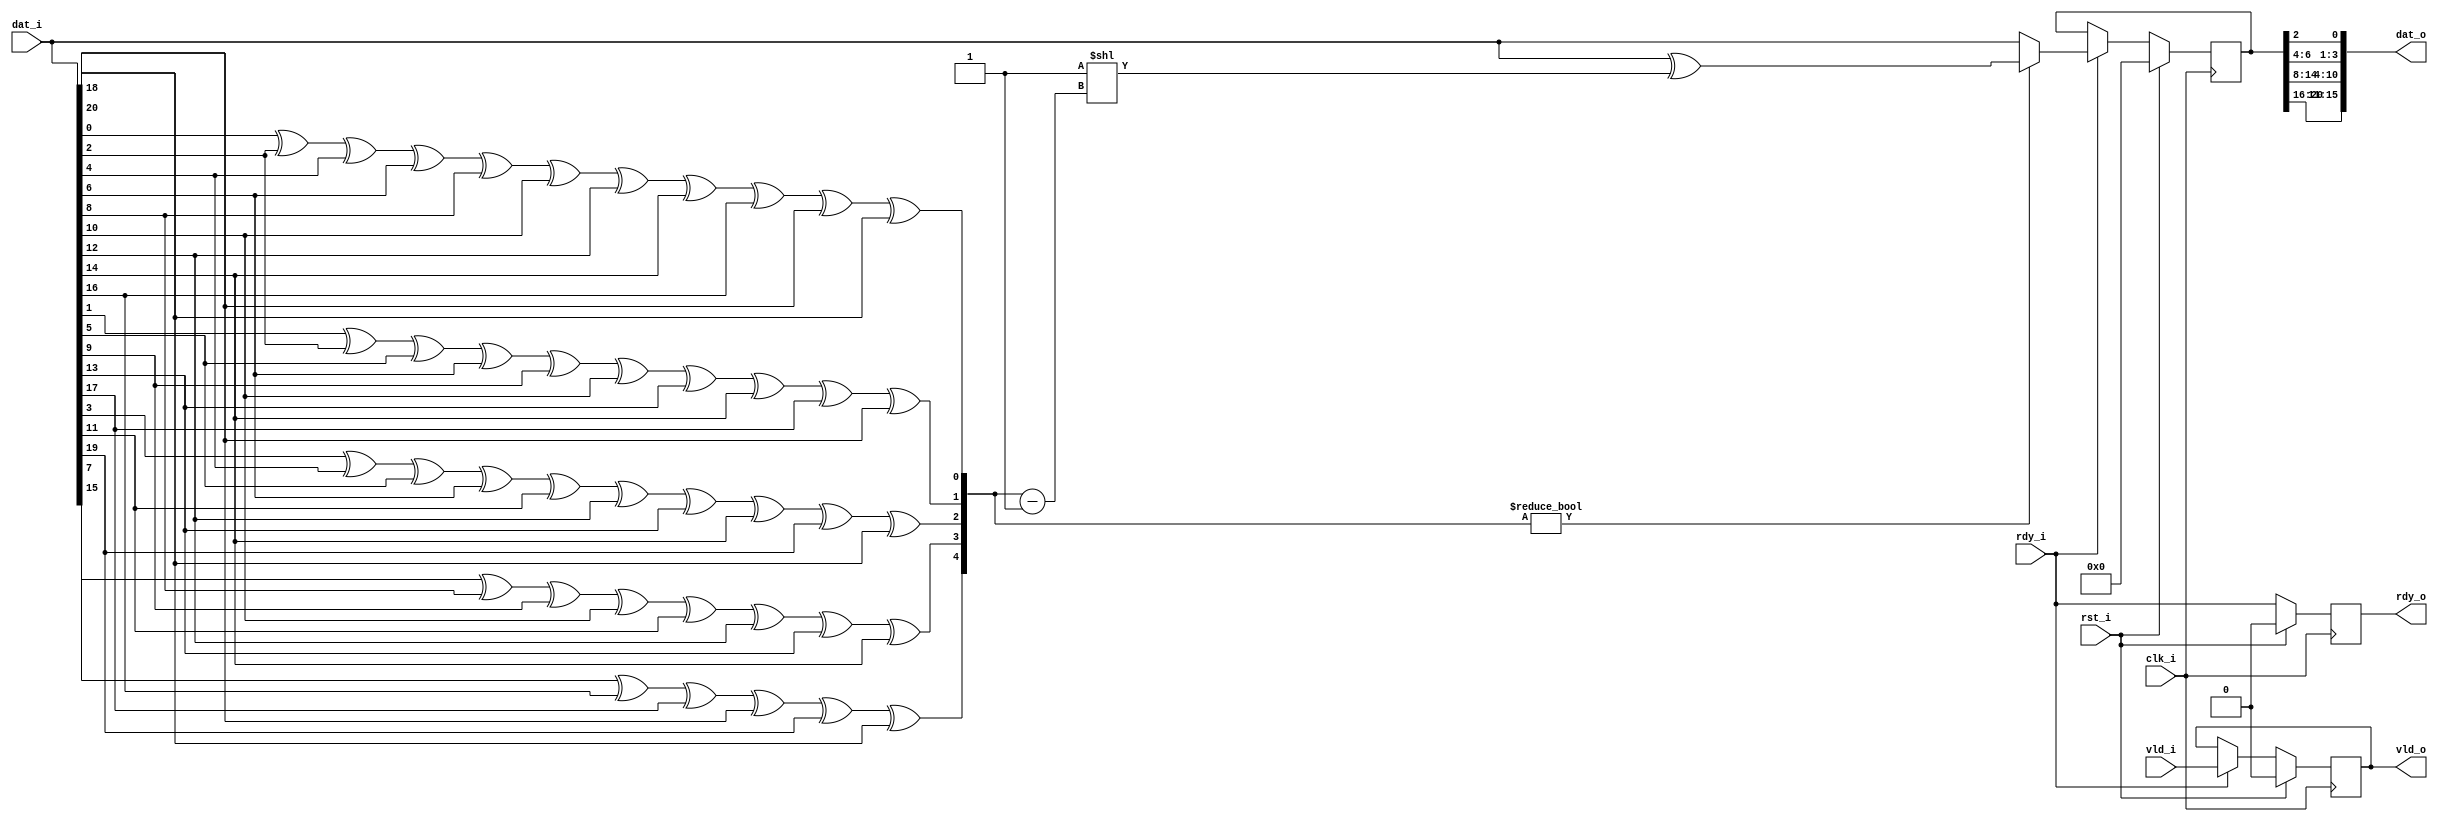
`timescale 1ns / 1ns
//////////////////////////////////////////////////////////////////////////////////
// Company: 
// Engineer: 
// 
// Design Name: 
// Module Name:    decoder_ham 
// Project Name: 
// Target Devices: 
// Tool versions: 
// Description: 
//
// Dependencies: 
//
// Revision: 
// Revision 0.01 - File Created
// Additional Comments: 
//
//////////////////////////////////////////////////////////////////////////////////
module decoder_ham
(
    input   wire  clk_i,
    input   wire  rst_i,
    
    input   wire [20:0] dat_i,
    input   wire        vld_i,
    output  reg         rdy_o,
    
    output  wire [15:0] dat_o,
    output  reg         vld_o,
    input   wire        rdy_i
);

   reg [4:0] syndrome;
   reg [20:0] dat; // register with corrected errors
   
   assign dat_o = {dat[20:16], dat[14:8], dat[6:4], dat[2]}; // control bits removing
   
   always @(*)
   begin
      syndrome[0] = dat_i[0]  ^ dat_i[2]  ^ dat_i[4]  ^
                    dat_i[6]  ^ dat_i[8]  ^ dat_i[10] ^
                    dat_i[12] ^ dat_i[14] ^ dat_i[16] ^
                    dat_i[18] ^ dat_i[20];
      syndrome[1] = dat_i[1]  ^ dat_i[2]  ^ dat_i[5]  ^
                    dat_i[6]  ^ dat_i[9]  ^ dat_i[10] ^
                    dat_i[13] ^ dat_i[14] ^ dat_i[17] ^
                    dat_i[18];
      syndrome[2] = dat_i[3]  ^ dat_i[4]  ^ dat_i[5]  ^
                    dat_i[6]  ^ dat_i[11] ^ dat_i[12] ^
                    dat_i[13] ^ dat_i[14] ^ dat_i[19] ^
                    dat_i[20];
      syndrome[3] = dat_i[7]  ^ dat_i[8]  ^ dat_i[9]  ^
                    dat_i[10] ^ dat_i[11] ^ dat_i[12] ^
                    dat_i[13] ^ dat_i[14];
      syndrome[4] = dat_i[15] ^ dat_i[16] ^ dat_i[17] ^
                    dat_i[18] ^ dat_i[19] ^ dat_i[20];
   end
   
   always @(posedge clk_i)
      if(rst_i)
      begin
         rdy_o <= 0;
         dat   <= 0;
         vld_o <= 0;
      end
      else
      begin
         rdy_o <= rdy_i;
         if(rdy_i) begin
            dat   <= syndrome ? (dat_i ^ (1 << (syndrome - 5'b1))) : dat_i; // error correcting
            vld_o <= vld_i;
         end
      end
      
endmodule